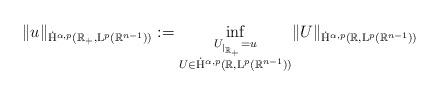
LaTeX: \begin{align*} \lVert u \rVert_{\dot{\mathrm{H}}^{\alpha,p}(\mathbb{R}_+,\mathrm{L}^p(\mathbb{R}^{n-1}))} := \inf_{\substack{U_{|_{\mathbb{R}_+}}=u\\ U\in \dot{\mathrm{H}}^{\alpha,p}(\mathbb{R},\mathrm{L}^p(\mathbb{R}^{n-1}))}} \lVert U\rVert_{\dot{\mathrm{H}}^{\alpha,p}(\mathbb{R},\mathrm{L}^p(\mathbb{R}^{n-1}))}\end{align*}